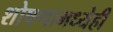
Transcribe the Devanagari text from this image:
शोषणामध्येही